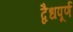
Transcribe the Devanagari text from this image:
द्वैधपूर्ण